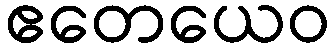
ဧတေယေဝ